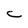
Character: C